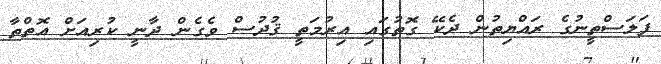
ފަލަސްތީނުގެ ރައްޔިތުން ދެކޭ ގޮތުގައި އިރުމަތީ ޤުދުސް ވެގެން ދާނީ ކުރިއަށް އޮތްތާ